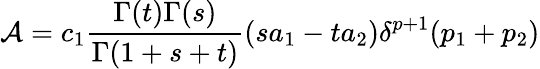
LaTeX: {\cal{A}}=c_{1}\frac{\Gamma(t)\Gamma(s)}{\Gamma(1+s+t)}(sa_{1}-ta_{2})\delta^{p+1}(p_{1}+p_{2})